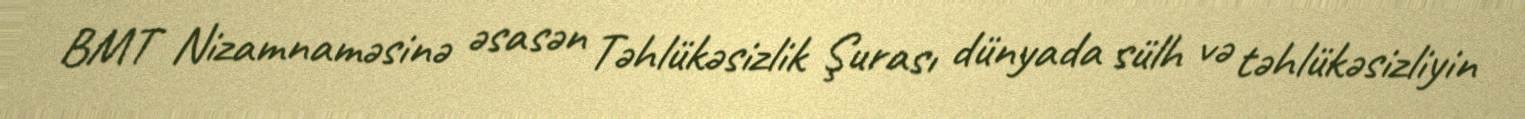
BMT Nizamnaməsinə əsasən Təhlükəsizlik Şurası dünyada sülh və təhlükəsizliyin